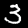
Digit: 3